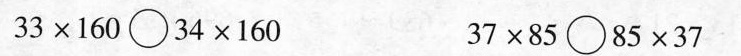
$$3 3 \times 1 6 0 \circ 3 4 \times 1 6 0$$ $$3 7 \times 8 5 \circ 8 5 \times 3 7$$